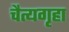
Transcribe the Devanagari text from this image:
चैत्यगृहा